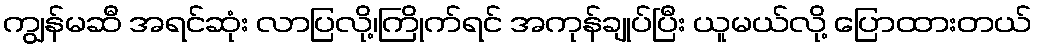
ကျွန်မဆီ အရင်ဆုံး လာပြလို့၊ကြိုက်ရင် အကုန်ချုပ်ပြီး ယူမယ်လို့ ပြောထားတယ်